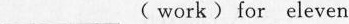
___ ( work ) for eleven